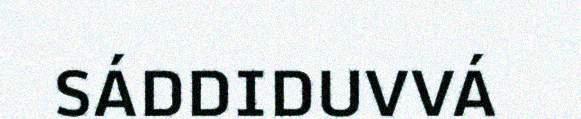
SÁDDIDUVVÁ